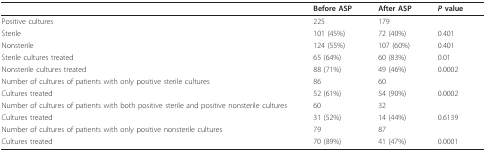
<table><thead><tr><td></td><td><b>Before ASP</b></td><td><b>After ASP</b></td><td><b><i>P </i>value</b></td></tr></thead><tbody><tr><td>Positive cultures</td><td>225</td><td>179</td><td></td></tr><tr><td>Sterile</td><td>101 (45%)</td><td>72 (40%)</td><td>0.401</td></tr><tr><td>Nonsterile</td><td>124 (55%)</td><td>107 (60%)</td><td>0.401</td></tr><tr><td>Sterile cultures treated</td><td>65 (64%)</td><td>60 (83%)</td><td>0.01</td></tr><tr><td>Nonsterile cultures treated</td><td>88 (71%)</td><td>49 (46%)</td><td>0.0002</td></tr><tr><td>Number of cultures of patients with only positive sterile cultures</td><td>86</td><td>60</td><td></td></tr><tr><td>Cultures treated</td><td>52 (61%)</td><td>54 (90%)</td><td>0.0002</td></tr><tr><td>Number of cultures of patients with both positive sterile and positive nonsterile cultures</td><td>60</td><td>32</td><td></td></tr><tr><td>Cultures treated</td><td>31 (52%)</td><td>14 (44%)</td><td>0.6139</td></tr><tr><td>Number of cultures of patients with only positive nonsterile cultures</td><td>79</td><td>87</td><td></td></tr><tr><td>Cultures treated</td><td>70 (89%)</td><td>41 (47%)</td><td>0.0001</td></tr></tbody></table>